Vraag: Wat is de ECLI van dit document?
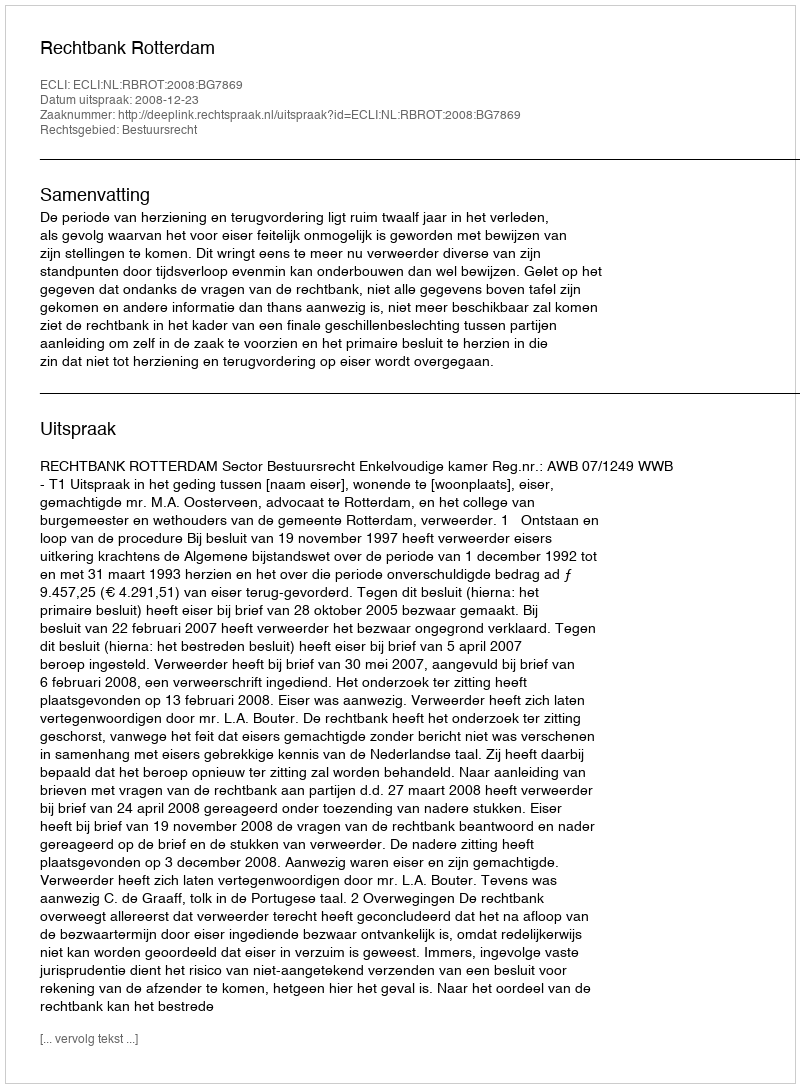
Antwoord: ECLI:NL:RBROT:2008:BG7869